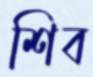
শিব